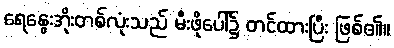
ရေနွေးအိုးတစ်လုံးသည် မီးဖိုပေါ်၌ တင်ထားပြီး ဖြစ်၏။